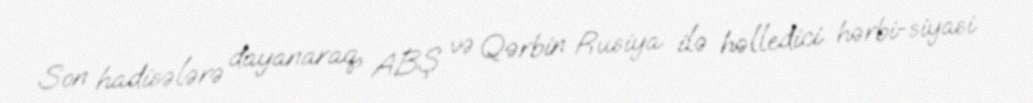
Son hadisələrə dayanaraq, ABŞ və Qərbin Rusiya ilə həlledici hərbi-siyasi